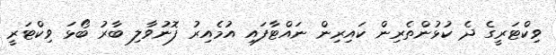
ވިކްޓަރީގެ ދެ ކުޅުންތެރިން ކައިރިން ނައްޓާފައި އުމެއިރު ފޮނުވާލި ބާރު ބޯޅަ ވިކްޓަރީ